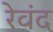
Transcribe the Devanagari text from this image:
रेवंद